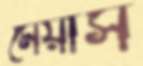
মেয়ার্স